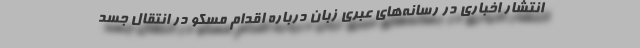
انتشار اخباری در رسانه‌های عبری زبان درباره اقدام مسکو در انتقال جسد